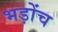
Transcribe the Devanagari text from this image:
भड़ोंच